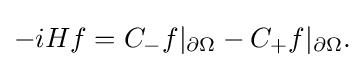
\displaystyle {-iHf=C_{-}f|_{\partial \Omega }-C_{+}f|_{\partial \Omega }.}